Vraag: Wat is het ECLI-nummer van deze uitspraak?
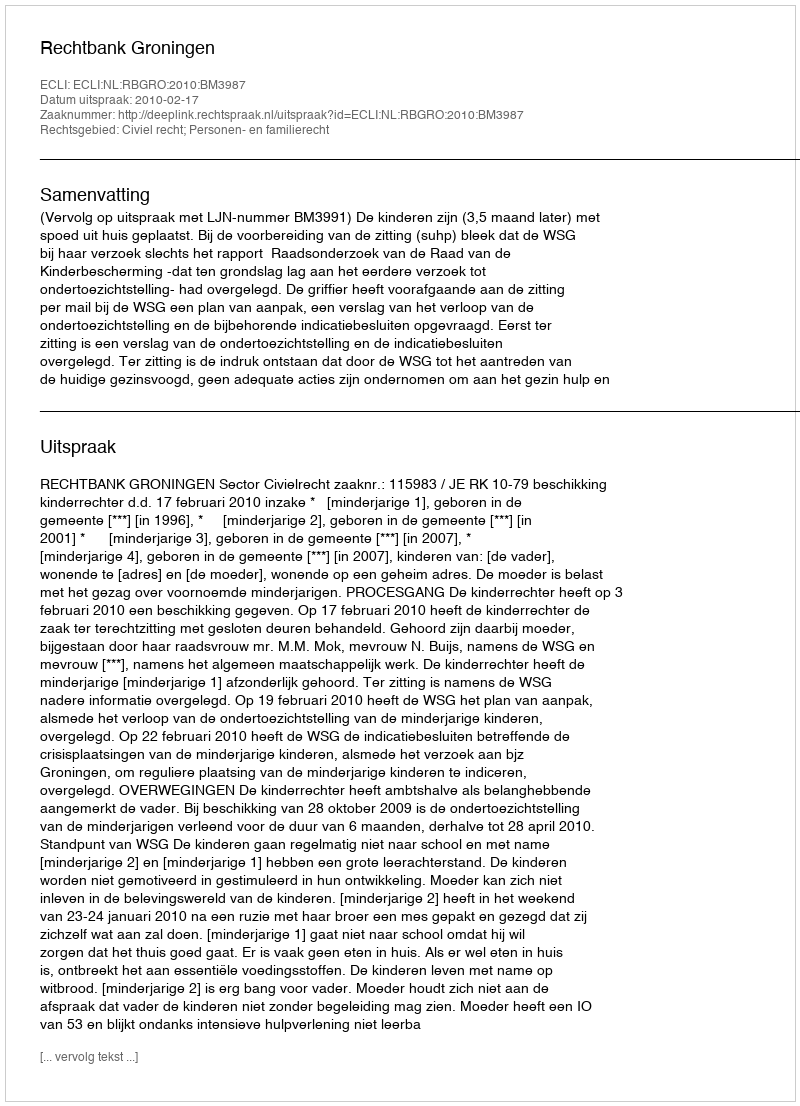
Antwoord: ECLI:NL:RBGRO:2010:BM3987